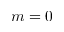
m = 0